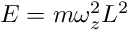
E = m \omega _ { z } ^ { 2 } L ^ { 2 }